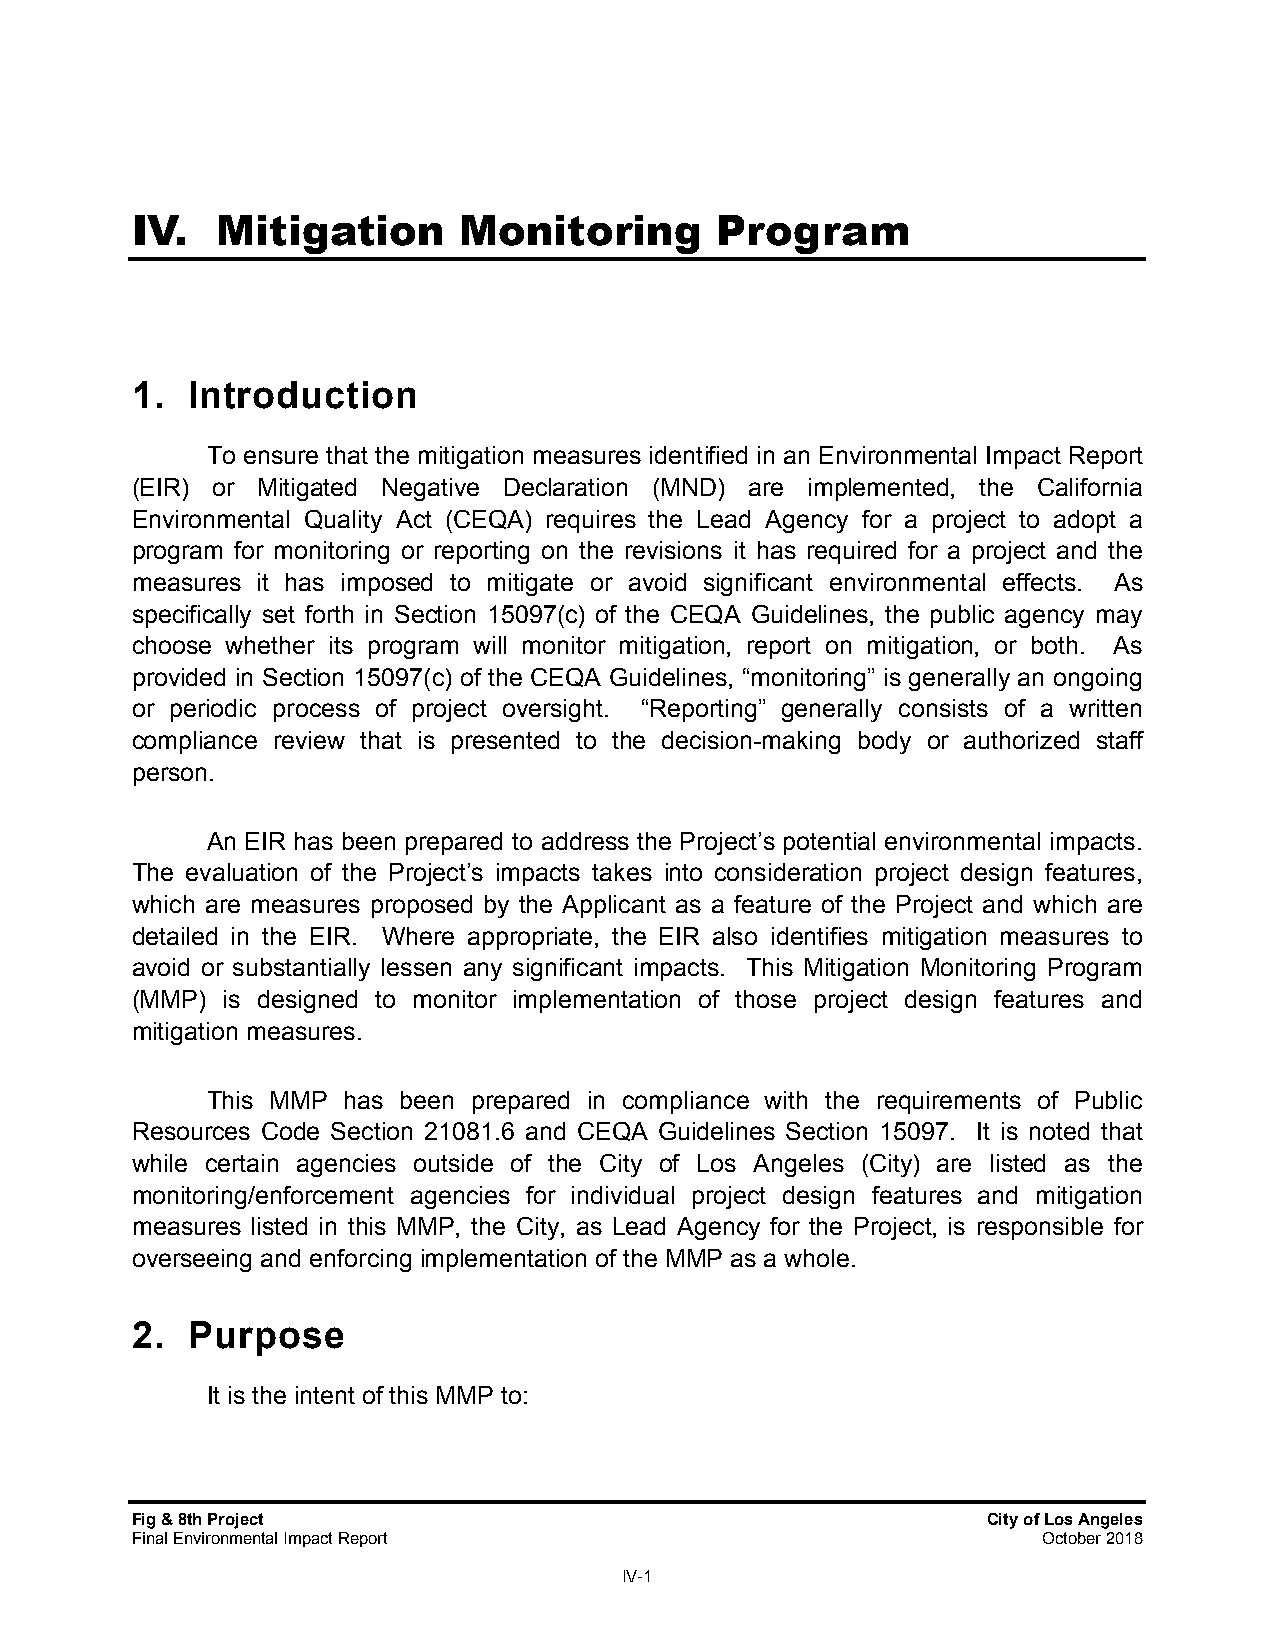
IV.  Mitigation      Monitoring       Program
 1. Introduction
 To ensure that the mitigation measures identified in an Environmental Impact Report
 (EIR) or Mitigated Negative Declaration (MND) are implemented, the California
 Environmental Quality Act (CEQA) requires the Lead Agency for a project to adopt a
 program for monitoring or reporting on the revisions it has required for a project and the
 measures it has imposed to mitigate or avoid significant environmental effects. As
 specifically set forth in Section 15097(c) of the CEQA Guidelines, the public agency may
 choose whether its program will monitor mitigation, report on mitigation, or both. As
 provided in Section 15097(c) of the CEQA Guidelines, “monitoring” is generally an ongoing
 or periodic process of project oversight. “Reporting” generally consists of a written
 compliance review that is presented to the decision-making body or authorized staff
 person.
 An EIR has been prepared to address the Project’s potential environmental impacts.
 The evaluation of the Project’s impacts takes into consideration project design features,
 which are measures proposed by the Applicant as a feature of the Project and which are
 detailed in the EIR. Where appropriate, the EIR also identifies mitigation measures to
 avoid or substantially lessen any significant impacts. This Mitigation Monitoring Program
 (MMP) is designed to monitor implementation of those project design features and
 mitigation measures.
 This MMP has been prepared in compliance with the requirements of Public
 Resources Code Section 21081.6 and CEQA Guidelines Section 15097. It is noted that
 while certain agencies outside of the City of Los Angeles (City) are listed as the
 monitoring/enforcement agencies for individual project design features and mitigation
 measures listed in this MMP, the City, as Lead Agency for the Project, is responsible for
 overseeing and enforcing implementation of the MMP as a whole.
 2. Purpose
 It is the intent of this MMP to:
 Fig & 8th Project                                       City of Los Angeles
 Final Environmental Impact Report                           October 2018
 IV-1